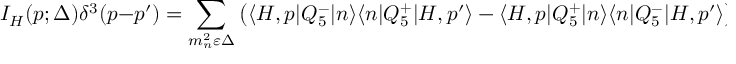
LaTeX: I _ { H } ( p ; \Delta ) \delta ^ { 3 } ( p - p ^ { \prime } ) = \sum _ { m _ { n } ^ { 2 } \varepsilon \Delta } \left( \langle H , p | Q _ { 5 } ^ { - } | n \rangle \langle n | Q _ { 5 } ^ { + } | H , p ^ { \prime } \rangle - \langle H , p | Q _ { 5 } ^ { + } | n \rangle \langle n | Q _ { 5 } ^ { - } | H , p ^ { \prime } \rangle \right) \, ;